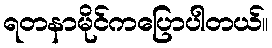
ရတနာမိုင်ကပြောပါတယ်။